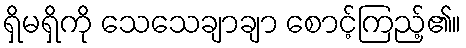
ရှိမရှိကို သေသေချာချာ စောင့်ကြည့်၏။